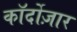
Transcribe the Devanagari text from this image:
कॉर्दोज़ार